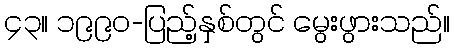
၄၃။ ၁၉၉၀-ပြည့်နှစ်တွင် မွေးဖွားသည်။